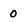
Character: 0